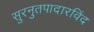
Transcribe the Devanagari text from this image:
सुरनुतपादारविंद